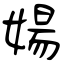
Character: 婸